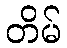
တိမ်